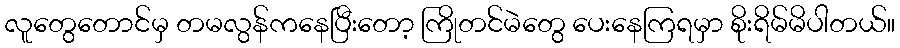
လူတွေတောင်မှ တမလွန်ကနေပြီးတော့ ကြိုတင်မဲတွေ ပေးနေကြရမှာ စိုးရိမ်မိပါတယ်။